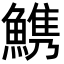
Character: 𩺫